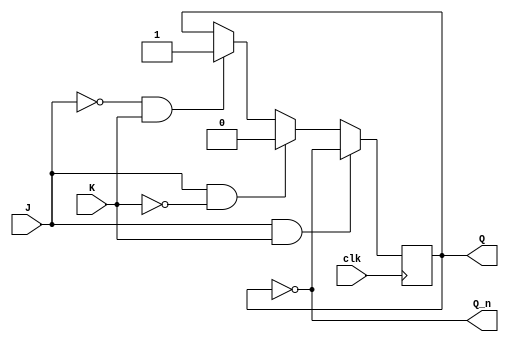
module negedge_jk_flip_flop(
    input wire clk,
    input wire J,
    input wire K,
    output reg Q,
    output reg Q_n
);

reg Q_next;

always @(negedge clk) begin
    if(J & K) begin
        Q_next <= ~Q;
    end else if(J & ~K) begin
        Q_next <= 1'b0;
    end else if(~J & K) begin
        Q_next <= 1'b1;
    end else begin
        Q_next <= Q;
    end
end

assign Q = Q_next;
assign Q_n = ~Q;

endmodule